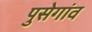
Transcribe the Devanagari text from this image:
पुसेगांव